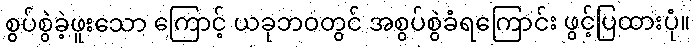
စွပ်စွဲခဲ့ဖူးသော ကြောင့် ယခုဘဝတွင် အစွပ်စွဲခံရကြောင်း ဖွင့်ပြထားပုံ။